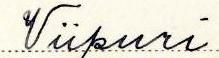
Viipuri